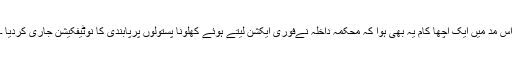
اس مد میں ایک اچھا کام یہ بھی ہوا کہ محکمہ داخلہ نےفوری ایکشن لیتے ہوئے کھلونا پستولوں پرپابندی کا نوٹیفکیشن جاری کردیا ۔